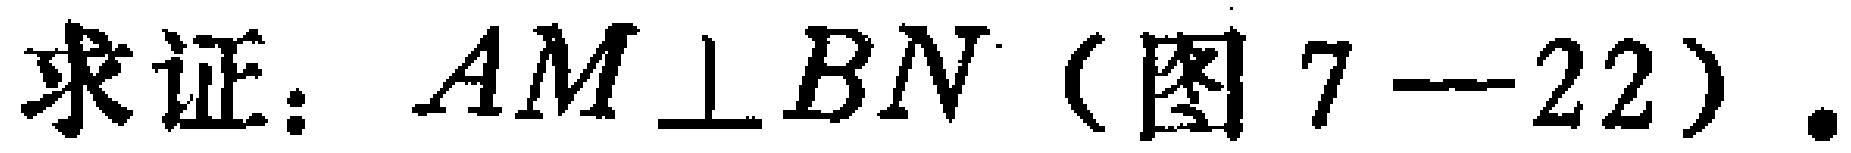
求证：$AM\perp BN$（图7—22）.